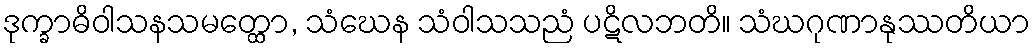
ဒုက္ခာဓိဝါသနသမတ္ထော, သံဃေန သံဝါသသညံ ပဋိလဘတိ။ သံဃဂုဏာနုဿတိယာ